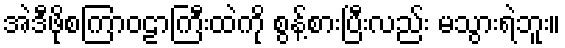
အဲဒီဖိုစကြာဝဠာကြီးထဲကို စွန့်စားပြီးလည်း မသွားရဲဘူး။